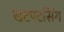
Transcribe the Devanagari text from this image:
खटपटसिंग